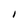
Character: I